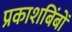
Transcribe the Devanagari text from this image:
प्रकाशबिंबों